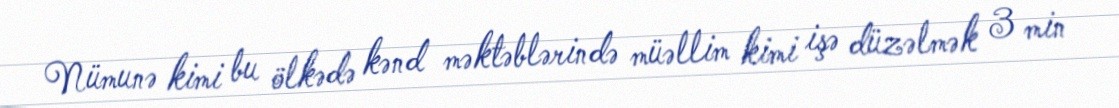
Nümunə kimi bu ölkədə kənd məktəblərində müəllim kimi işə düzəlmək 3 min